Annual report of the Madras Medical College
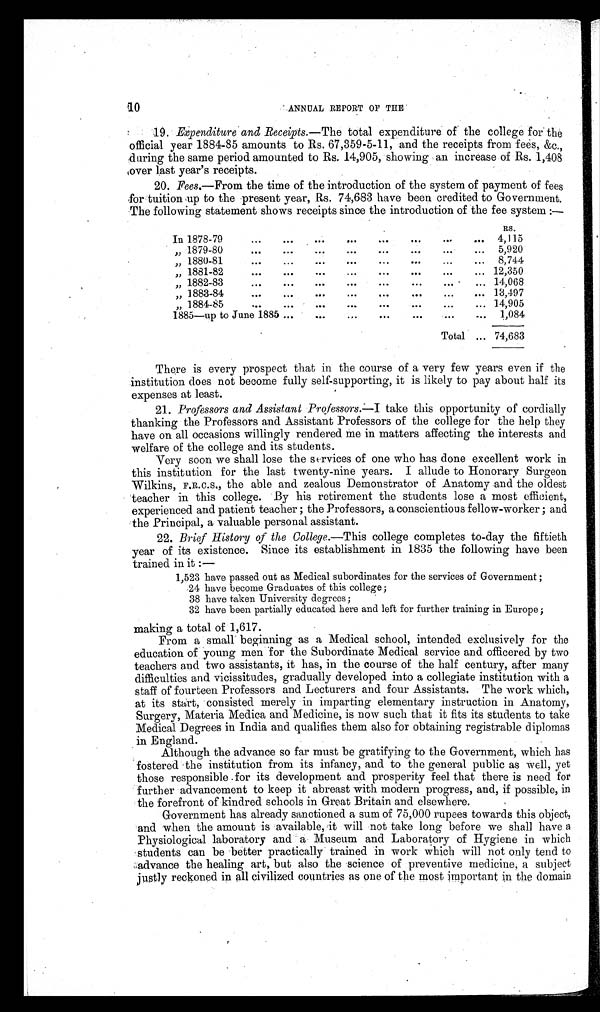
10
ANNUAL REPORT OF THE
19.
Expenditure and Receipts. —The total expenditure of the college for the
official year 1884-85 amounts to Rs. 67,359-5-11, and the receipts from fees, &c.,
during the same period amounted to Rs. 14,905, showing an increase of Rs. 1,408
over last year's receipts.
20.
Fees.—From the time of the introduction of the system of payment of fees
for tuition up to the present year, Rs. 74,683 have been credited to Government.
The following statement shows receipts since the introduction of the fee system:—
RS
In 1878-79
4,115
„ 1879-80
5,920
„ 1880-81
8,744
„ 1881-82
12,350
„ 1882-83
14,068
„ 1883-84
13,497
„ 1884-85
14,905
1885—up to June 1885
1 084
Total
74,683
There is every prospect that in the course of a very few years even if the
institution does not become fully self-supporting, it is likely to pay about half its
expenses at least.
21.
Professors and Assistant Professors. —I take this opportunity of cordially
thanking the Professors and Assistant Professors of the college for the help they
have on all occasions willingly rendered me in matters affecting the interests and
welfare of the college and its students.
Very soon we shall lose the services of one who has done excellent work in
this institution for the last twenty-nine years. I allude to Honorary Surgeon
Wilkins, F.R.C.S., the able and zealous Demonstrator of Anatomy and the oldest
teacher in this college. By his retirement the students lose a most efficient,
experienced and patient teacher; the Professors, a conscientious fellow-worker; and
the Principal, a valuable personal assistant.
22.
Brief History of the College. —This college completes to-day the fiftieth
year of its existence. Since its establishment in 1835 the following have been
trained in it:-
1,523 have passed out as Medical subordinates for the services of Government;
24 have become Graduates of this college;
38 have taken University degrees;
32 have been partially educated here and left for further training in Europe;
making a total of 1,617.
From a small beginning as a Medical school, intended exclusively for the
education of young men for the Subordinate Medical service and officered by two
teachers and two assistants, it has, in the course of the half century, after many
difficulties and vicissitudes, gradually developed into a collegiate institution with a
staff of fourteen Professors and Lecturers and four Assistants. The work which,
at its start, consisted merely in imparting elementary instruction in Anatomy,
Surgery, Materia Medica and Medicine, is now such that it fits its students to take
Medical Degrees in India and qualifies them also for obtaining registrable diplomas
in England.
Although the advance so far must be gratifying to the Government, which has
fostered the institution from its infancy, and to the general public as well, yet
those responsible for its development and prosperity feel that there is need for
further advancement to keep it abreast with modern progress, and, if possible, in
the forefront of kindred schools in Great Britain and elsewhere.
Government has already sanctioned a sum of 75,000 rupees towards this object,
and when the amount is available, it will not take long before we shall have a
Physiological laboratory and a Museum and Laboratory of Hygiene in which
students can be better practically trained in work which will not only tend to
advance the healing art, but also the science of preventive medicine, a subject
justly reckoned in all civilized countries as one of the most important in the domain